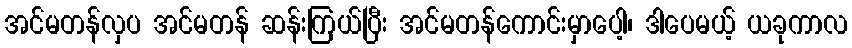
အင်မတန်လှပ အင်မတန် ဆန်းကြယ်ပြီး အင်မတန်ကောင်းမှာပေါ့၊ ဒါပေမယ့် ယခုကာလ